Indian journal of veterinary science and animal husbandry - Volume 5,
Year: 1935
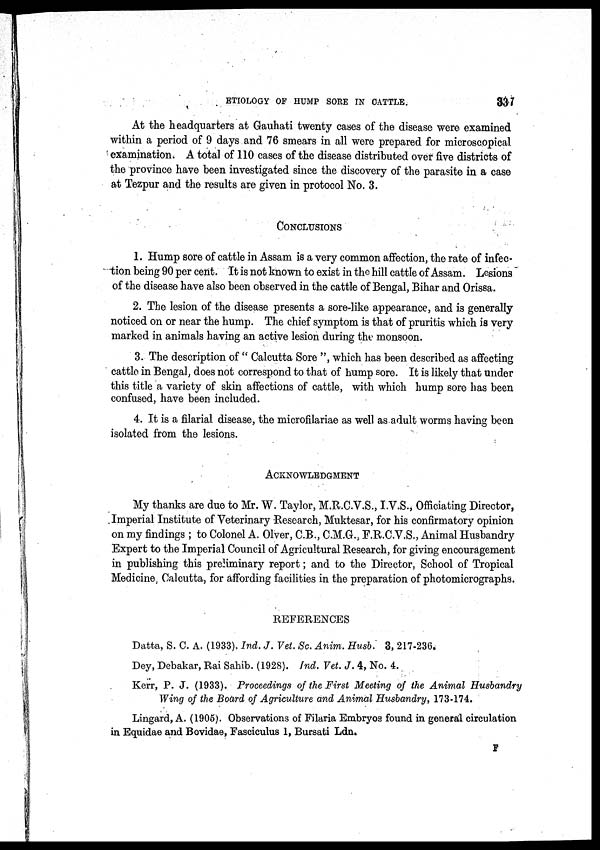
ETIOLOGY OF HUMP SORE IN CATTLE.
337
At the headquarters at Gauhati twenty cases of the disease were examined
within a period of 9 days and 76 smears in all were prepared for microscopical
examination. A total of 110 cases of the disease distributed over five districts of
the province have been investigated since the discovery of the parasite in a case
at Tezpur and the results are given in protocol No. 3.
CONCLUSIONS
1. Hump sore of cattle in Assam is a very common affection, the rate of infec-
tion being 90 per cent. It is not known to exist in the hill cattle of Assam. Lesions
of the disease have also been observed in the cattle of Bengal, Bihar and Orissa.
2. The lesion of the disease presents a sore-like appearance, and is generally
noticed on or near the hump. The chief symptom is that of pruritis which is very
marked in animals having an active lesion during the monsoon.
3. The description of " Calcutta Sore ", which has been described as affecting
cattle in Bengal, does not correspond to that of hump sore. It is likely that under
this title a variety of skin affections of cattle, with which hump sore has been
confused, have been included.
4. It is a filarial disease, the microfilariae as well as adult worms having been
isolated from the lesions.
ACKNOWLEDGMENT
My thanks are due to Mr. W. Taylor, M.R.C.V.S., I.V.S., Officiating Director,
Imperial Institute of Veterinary Research, Muktesar, for his confirmatory opinion
on my findings ; to Colonel A. Olver, C.B., C.M.G., F.R.C.V.S., Animal Husbandry
Expert to the Imperial Council of Agricultural Research, for giving encouragement
in publishing this preliminary report; and to the Director, School of Tropical
Medicine Calcutta, for affording facilities in the preparation of photomicrographs.
REFERENCES
Datta, S. C. A. (1933). Ind. J. Vet. Sc. Anim. Husb. 3, 217-236.
Dey, Debakar, Rai Sahib. (1928). Ind. Vet. J. 4, No. 4.
Kerr, P. J. (1933). Proceedings of the First Meeting of the Animal Husbandry
Wing of the Board of Agriculture and Animal Husbandry, 173-174.
Lingard, A. (1905). Observations of Filaria Embryos found in general circulation
in Equidae and Bovidae, Fasciculus 1, Bursati Ldn.
F